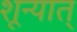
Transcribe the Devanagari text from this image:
शून्यात्